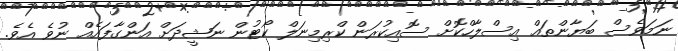
ނަމަވެސް ބަޔާންތައް އިސްލާހްކޮށް ސޮއިކުރަން ކްރިމިނަލް ކޯޓުން ނަޝީދަށް އަންގާފައެއް ނުވެ އެވެ.